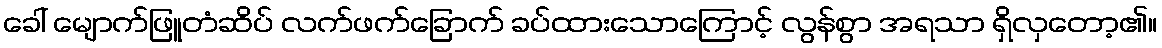
ခေါ် မျောက်ဖြူတံဆိပ် လက်ဖက်ခြောက် ခပ်ထားသောကြောင့် လွန်စွာ အရသာ ရှိလှတော့၏။